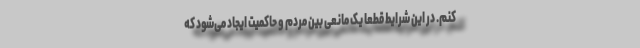
کنم. در این شرایط قطعاً یک مانعی بین مردم و حاکمیت ایجاد می‌شود که